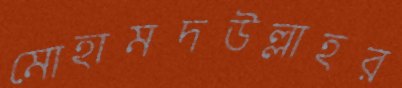
মোহামদউল্লাহর